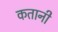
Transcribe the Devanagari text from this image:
कतानी